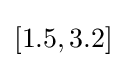
[1.5,3.2]